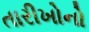
તારીખોનો